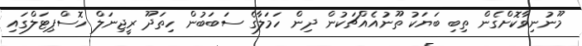
މޫނުނިވާކޮށްގެން ތިބި ބަޔަކު ތޫނުއެއްޗަކުން ދިން ހަމަލާގެ ސަބަބުން ހިތަދޫ ރީޖިނަލް ހޮސްޕިޓަލްގައި